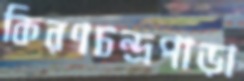
কিরণচন্দ্রপাড়া